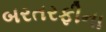
બરતરફીના